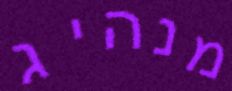
מנהיג